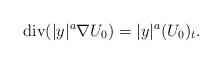
LaTeX: \begin{align*}\operatorname{div}(|y|^a \nabla U_0) = |y|^a (U_0)_t. \end{align*}